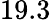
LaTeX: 19.3